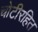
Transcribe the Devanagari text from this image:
चोटीरहित